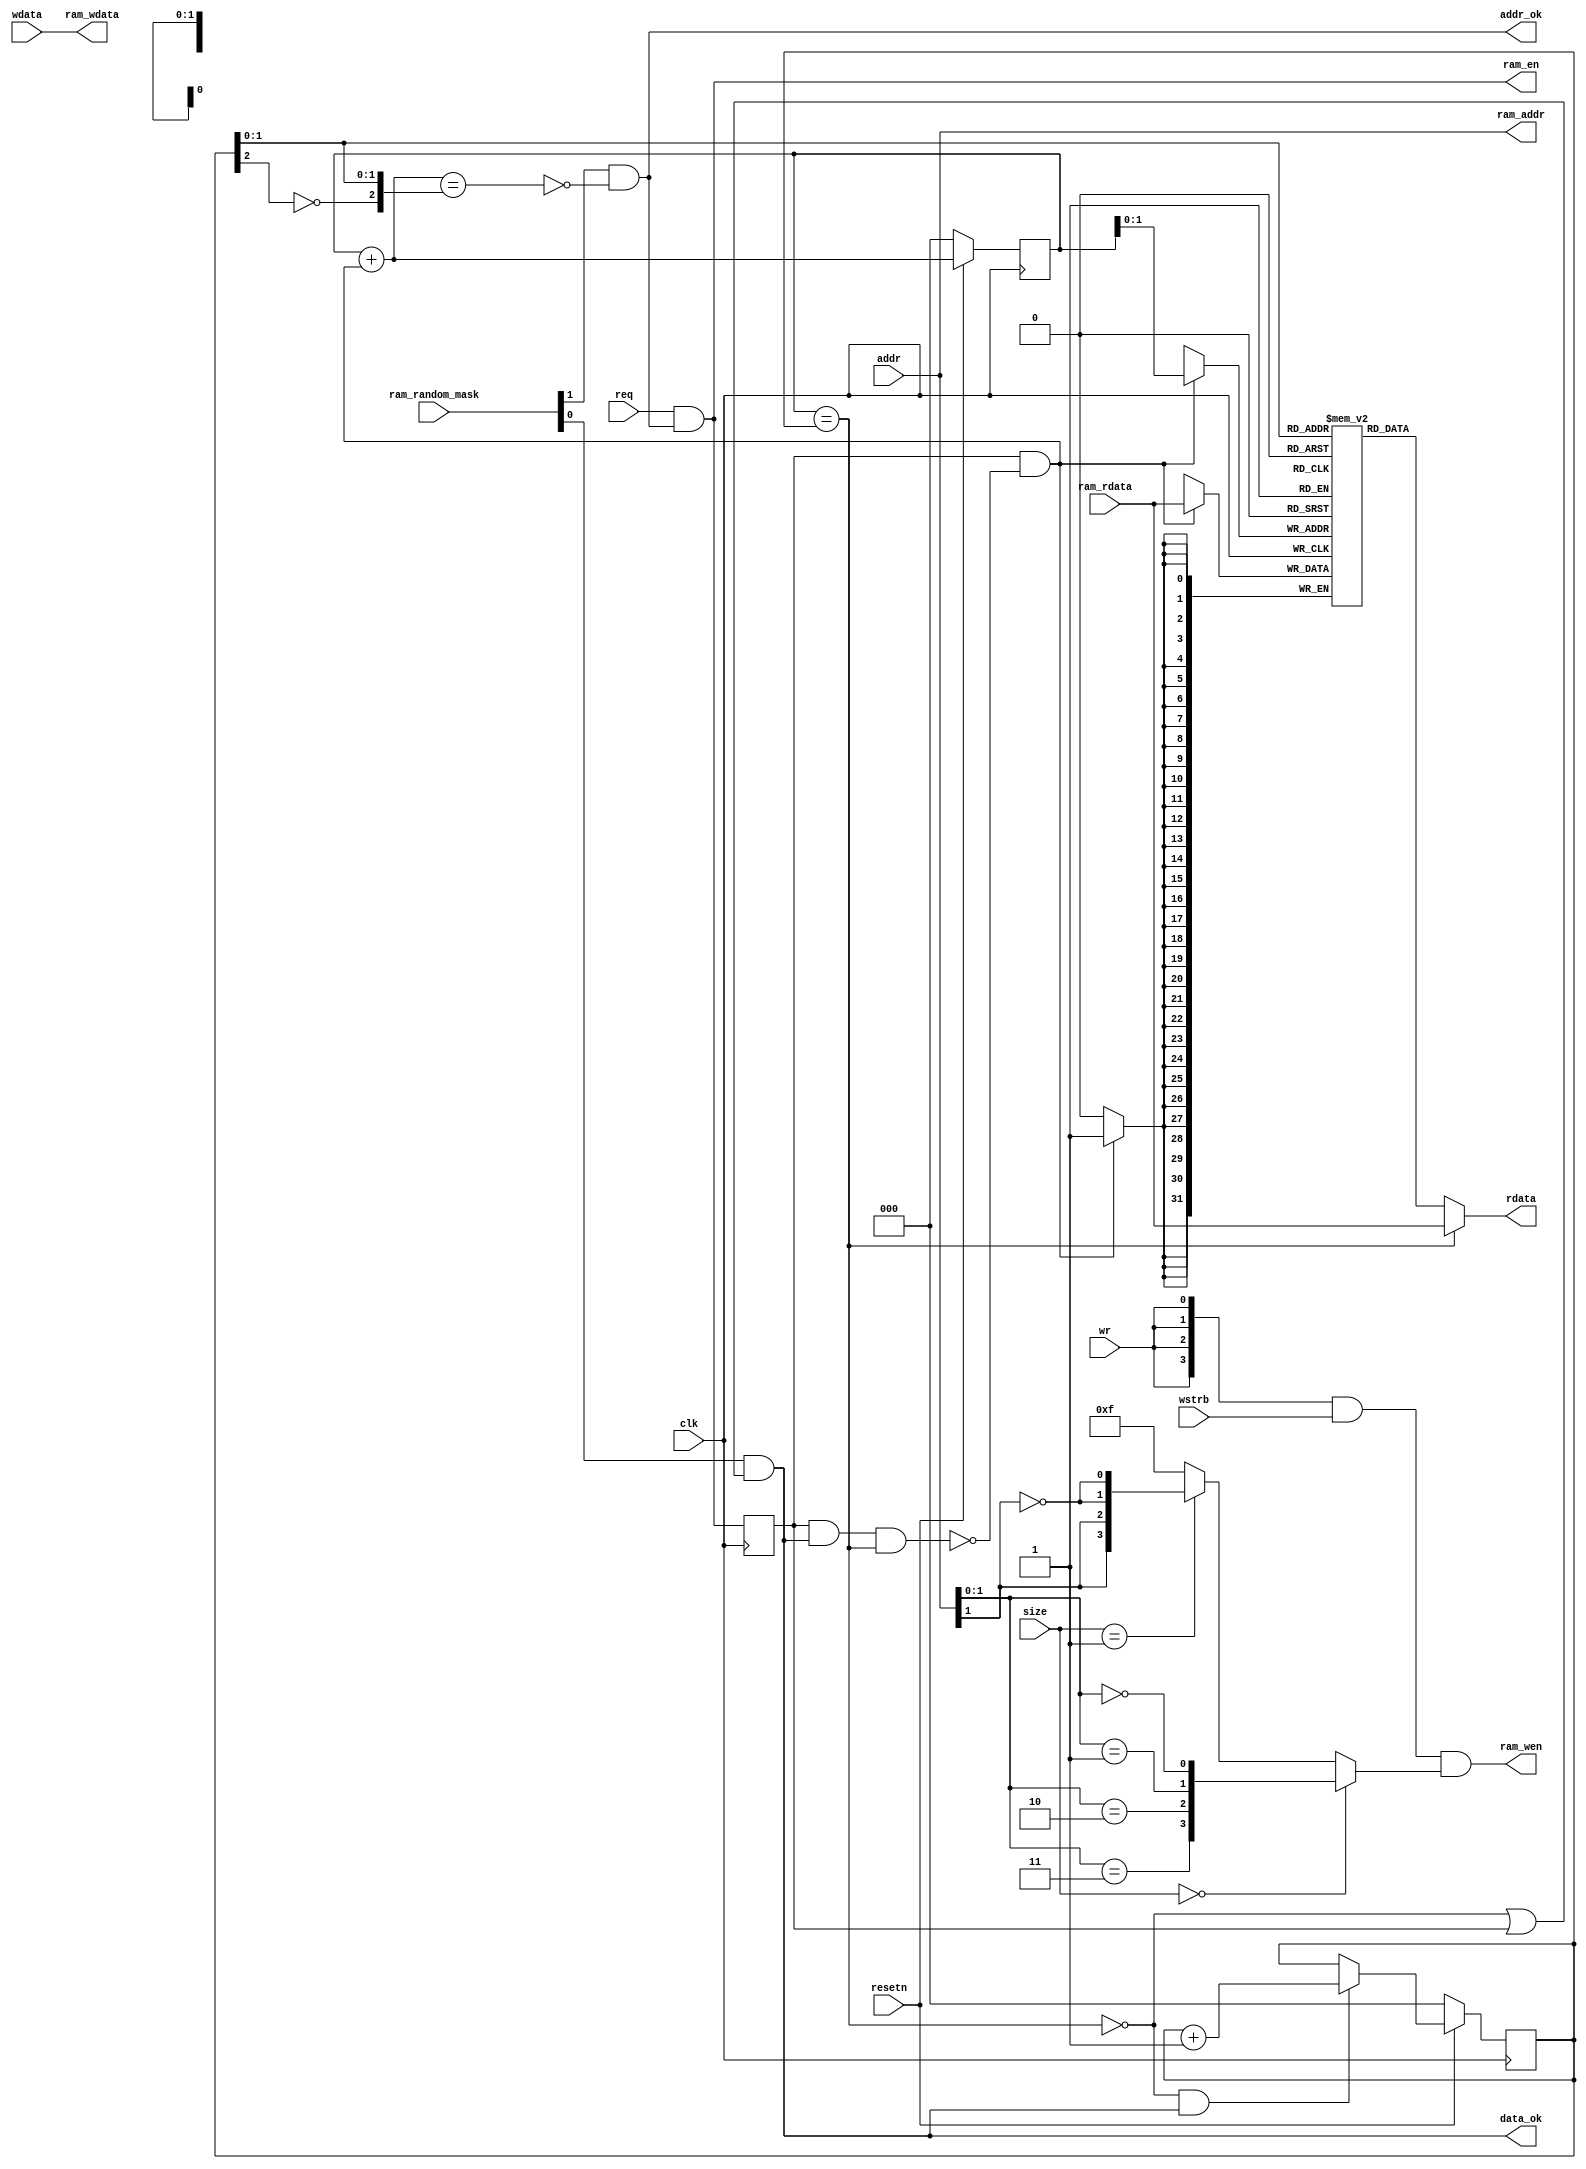
/*------------------------------------------------------------------------------
--------------------------------------------------------------------------------
Copyright (c) 2016, Loongson Technology Corporation Limited.

All rights reserved.

Redistribution and use in source and binary forms, with or without modification,
are permitted provided that the following conditions are met:

1. Redistributions of source code must retain the above copyright notice, this 
list of conditions and the following disclaimer.

2. Redistributions in binary form must reproduce the above copyright notice, 
this list of conditions and the following disclaimer in the documentation and/or
other materials provided with the distribution.

3. Neither the name of Loongson Technology Corporation Limited nor the names of 
its contributors may be used to endorse or promote products derived from this 
software without specific prior written permission.

THIS SOFTWARE IS PROVIDED BY THE COPYRIGHT HOLDERS AND CONTRIBUTORS "AS IS" AND 
ANY EXPRESS OR IMPLIED WARRANTIES, INCLUDING, BUT NOT LIMITED TO, THE IMPLIED 
WARRANTIES OF MERCHANTABILITY AND FITNESS FOR A PARTICULAR PURPOSE ARE 
DISCLAIMED. IN NO EVENT SHALL LOONGSON TECHNOLOGY CORPORATION LIMITED BE LIABLE
TO ANY PARTY FOR DIRECT, INDIRECT, INCIDENTAL, SPECIAL, EXEMPLARY, OR 
CONSEQUENTIAL DAMAGES (INCLUDING, BUT NOT LIMITED TO, PROCUREMENT OF SUBSTITUTE 
GOODS OR SERVICES; LOSS OF USE, DATA, OR PROFITS; OR BUSINESS INTERRUPTION) 
HOWEVER CAUSED AND ON ANY THEORY OF LIABILITY, WHETHER IN CONTRACT, STRICT 
LIABILITY, OR TORT (INCLUDING NEGLIGENCE OR OTHERWISE) ARISING IN ANY WAY OUT OF
THE USE OF THIS SOFTWARE, EVEN IF ADVISED OF THE POSSIBILITY OF SUCH DAMAGE.
--------------------------------------------------------------------------------
------------------------------------------------------------------------------*/
//for func test, no define RUN_PERF_TEST
`define _RUN_PERF_TEST

module sram_wrap(
        input         clk,
        input         resetn,

        input         req    ,
        input         wr     ,
        input [1 :0]  size   ,
        input [3 :0]  wstrb  ,
        input [31:0]  addr   ,
        input [31:0]  wdata  ,
        output        addr_ok,
        output        data_ok,
        output [31:0] rdata  ,

        //slave
        output        ram_en   ,
        output [3 :0] ram_wen  ,
        output [31:0] ram_addr ,
        output [31:0] ram_wdata,
        input  [31:0] ram_rdata,
        //from confreg
        input  [1 :0] ram_random_mask
    );
    //mask
`ifdef RUN_PERF_TEST
    wire addr_and = 1'b1;
    wire data_and = 1'b1;
`else
    wire addr_and = ram_random_mask[1];
    wire data_and = ram_random_mask[0];
`endif

    //to ram
    wire [3:0] size_decode = size==2'd0 ? {addr[1:0]==2'd3,addr[1:0]==2'd2,addr[1:0]==2'd1,addr[1:0]==2'd0} :
         size==2'd1 ? {addr[1],addr[1],~addr[1],~addr[1]} :
         4'hf;
    assign ram_en    = req && addr_ok;
    assign ram_wen   = {4{wr}} & wstrb & size_decode;
    assign ram_addr  = addr;
    assign ram_wdata = wdata;

    reg ram_en_r;
    always @(posedge clk)
    begin
        ram_en_r <= ram_en;
    end

    //buf of rdata from ram
    wire[2 :0] buf_wptr_nxt;
    reg [2 :0] buf_wptr;
    reg [2 :0] buf_rptr;
    reg [31:0] buf_rdata [3:0];

    wire  buf_empty   = buf_wptr==buf_rptr;
    wire  buf_full_nxt= buf_wptr_nxt=={~buf_rptr[2],buf_rptr[1:0]};
    //return data_ok in next clock.
    wire  fast_return = ram_en_r && data_ok && buf_empty;

    assign buf_wptr_nxt = buf_wptr + (ram_en_r&&!fast_return);
    always @(posedge clk)
    begin
        if(!resetn)
        begin
            buf_wptr <= 3'd0;
        end
        else
        begin
            buf_wptr <= buf_wptr_nxt;
        end

        if(ram_en_r && !fast_return)
        begin
            buf_rdata[buf_wptr[1:0]] <= ram_rdata;
        end

        if(!resetn)
        begin
            buf_rptr <= 3'd0;
        end
        else if(!buf_empty && data_ok)
        begin
            buf_rptr <= buf_rptr + 1'b1;
        end
    end
    //addr_ok
    assign addr_ok = 1'b1 && addr_and && !buf_full_nxt;
    //data_ok
    assign data_ok = 1'b1 && data_and &&(!buf_empty||ram_en_r);
    //rdata
    assign rdata   = buf_empty ? ram_rdata : buf_rdata[buf_rptr[1:0]];
endmodule